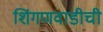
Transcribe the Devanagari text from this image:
शिंगणवाडीची